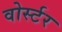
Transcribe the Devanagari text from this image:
वोर्स्टर